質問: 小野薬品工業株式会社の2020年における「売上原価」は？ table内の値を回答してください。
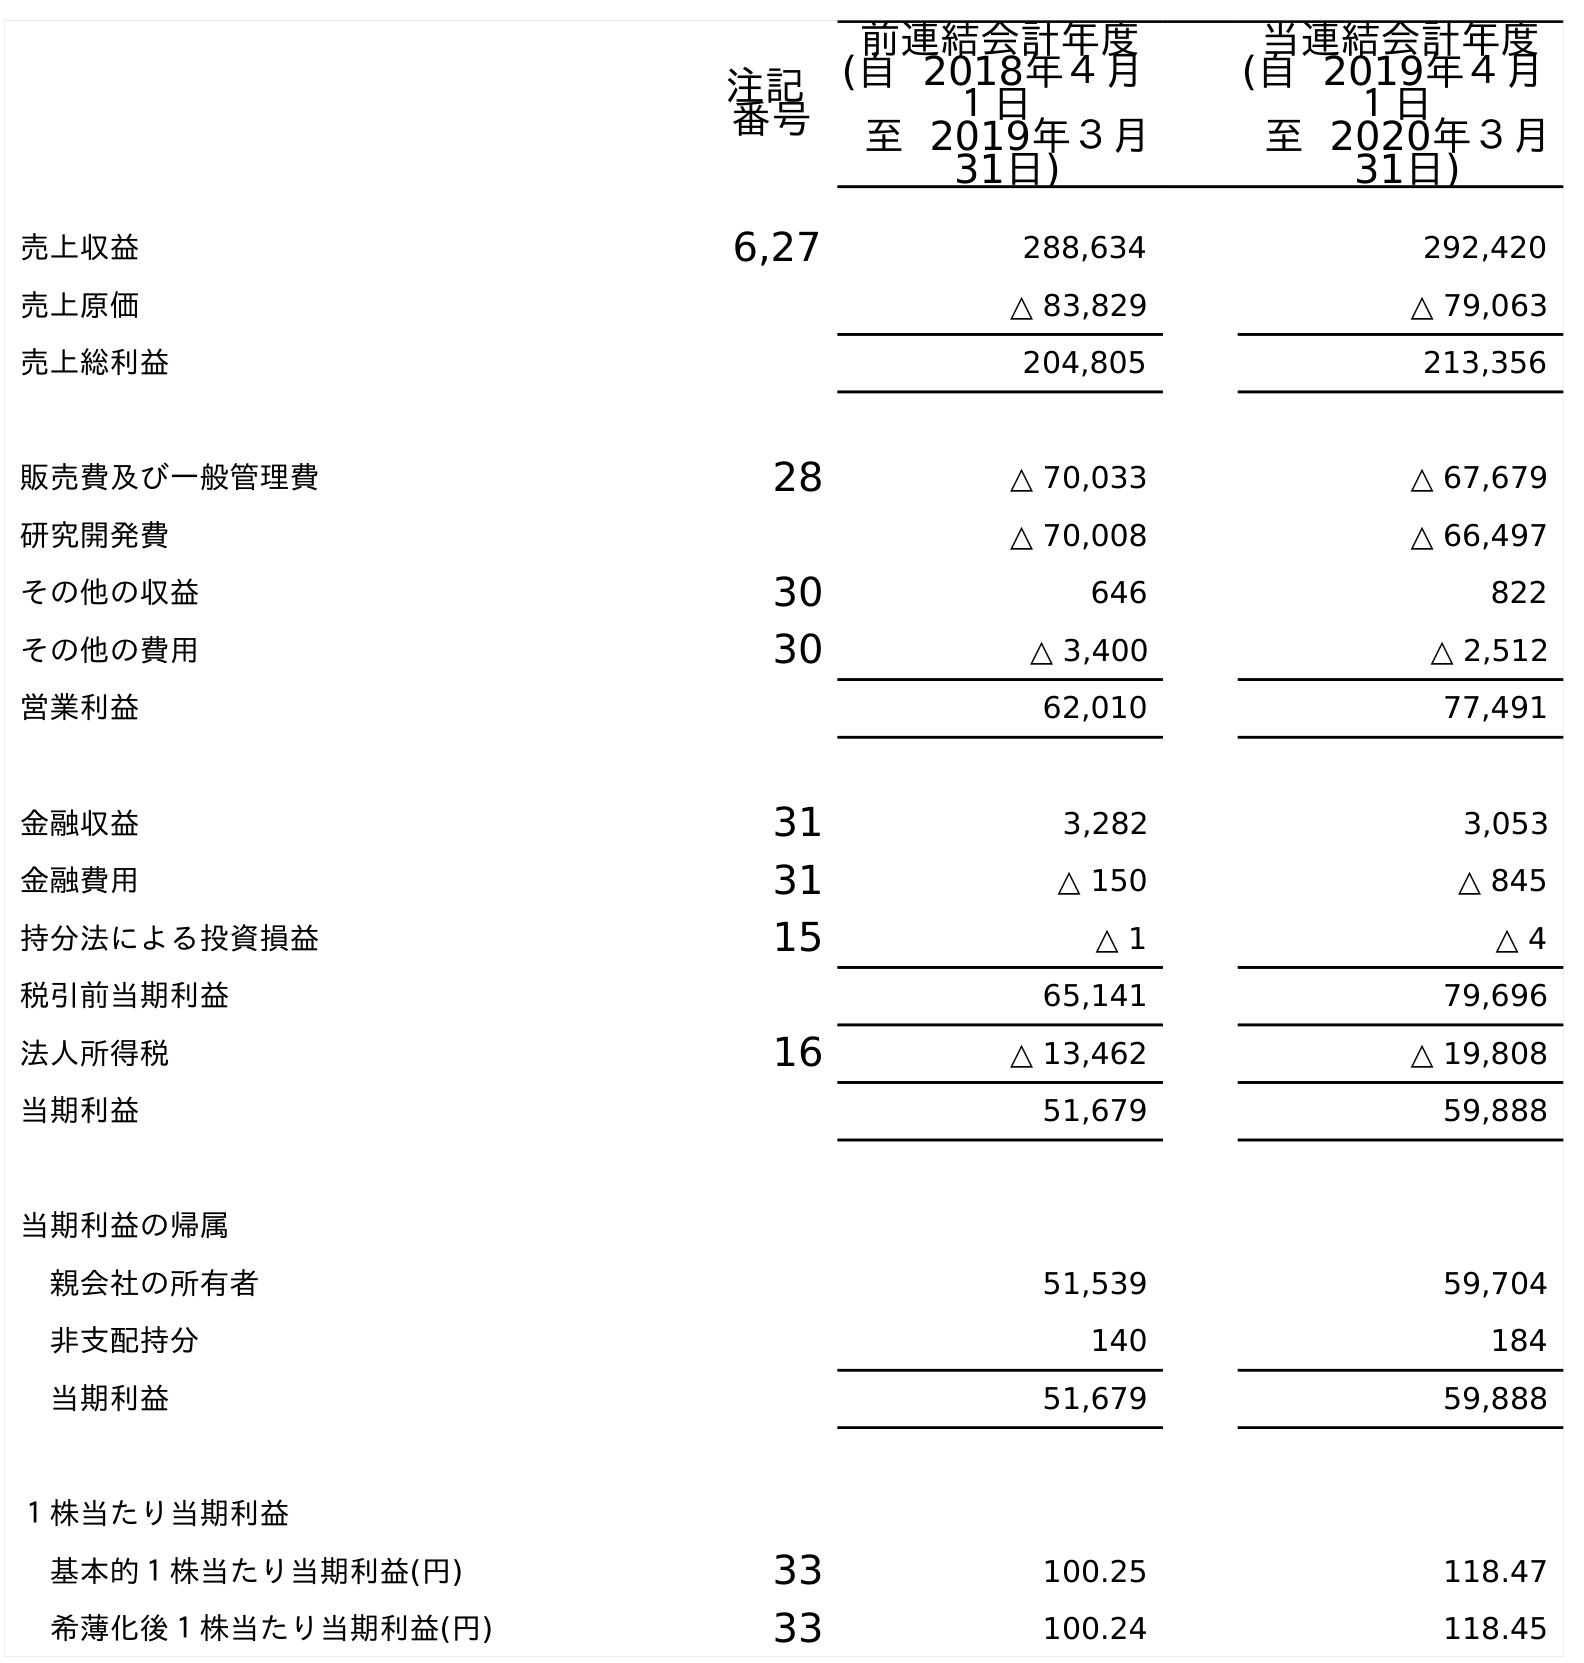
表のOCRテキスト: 注記 番号 前連結会計年度 (自 2018年４月 １日 至 2019年３月 31日) 当連結会計年度 (自 2019年４月 １日 至 2020年３月 31日) 売上収益 6,27 288,634 292,420 売上原価 △ 83,829 △ 79,063 売上総利益 204,805 213,356 販売費及び一般管理費 28 △ 70,033 △ 67,679 研究開発費 △ 70,008 △ 66,497 その他の収益 30 646 822 その他の費用 30 △ 3,400 △ 2,512 営業利益 62,010 77,491 金融収益 31 3,282 3,053 金融費用 31 △ 150 △ 845 持分法による投資損益 15 △ 1 △ 4 税引前当期利益 65,141 79,696 法人所得税 16 △ 13,462 △ 19,808 当期利益 51,679 59,888 当期利益の帰属 親会社の所有者 51,539 59,704 非支配持分 140 184 当期利益 51,679 59,888 １株当たり当期利益 基本的１株当たり当期利益(円) 33 100.25 118.47 希薄化後１株当たり当期利益(円) 33 100.24 118.45
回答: △79,063